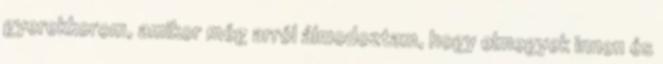
gyerekkorom, amikor még arról álmodoztam, hogy elmegyek innen és